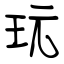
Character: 玩